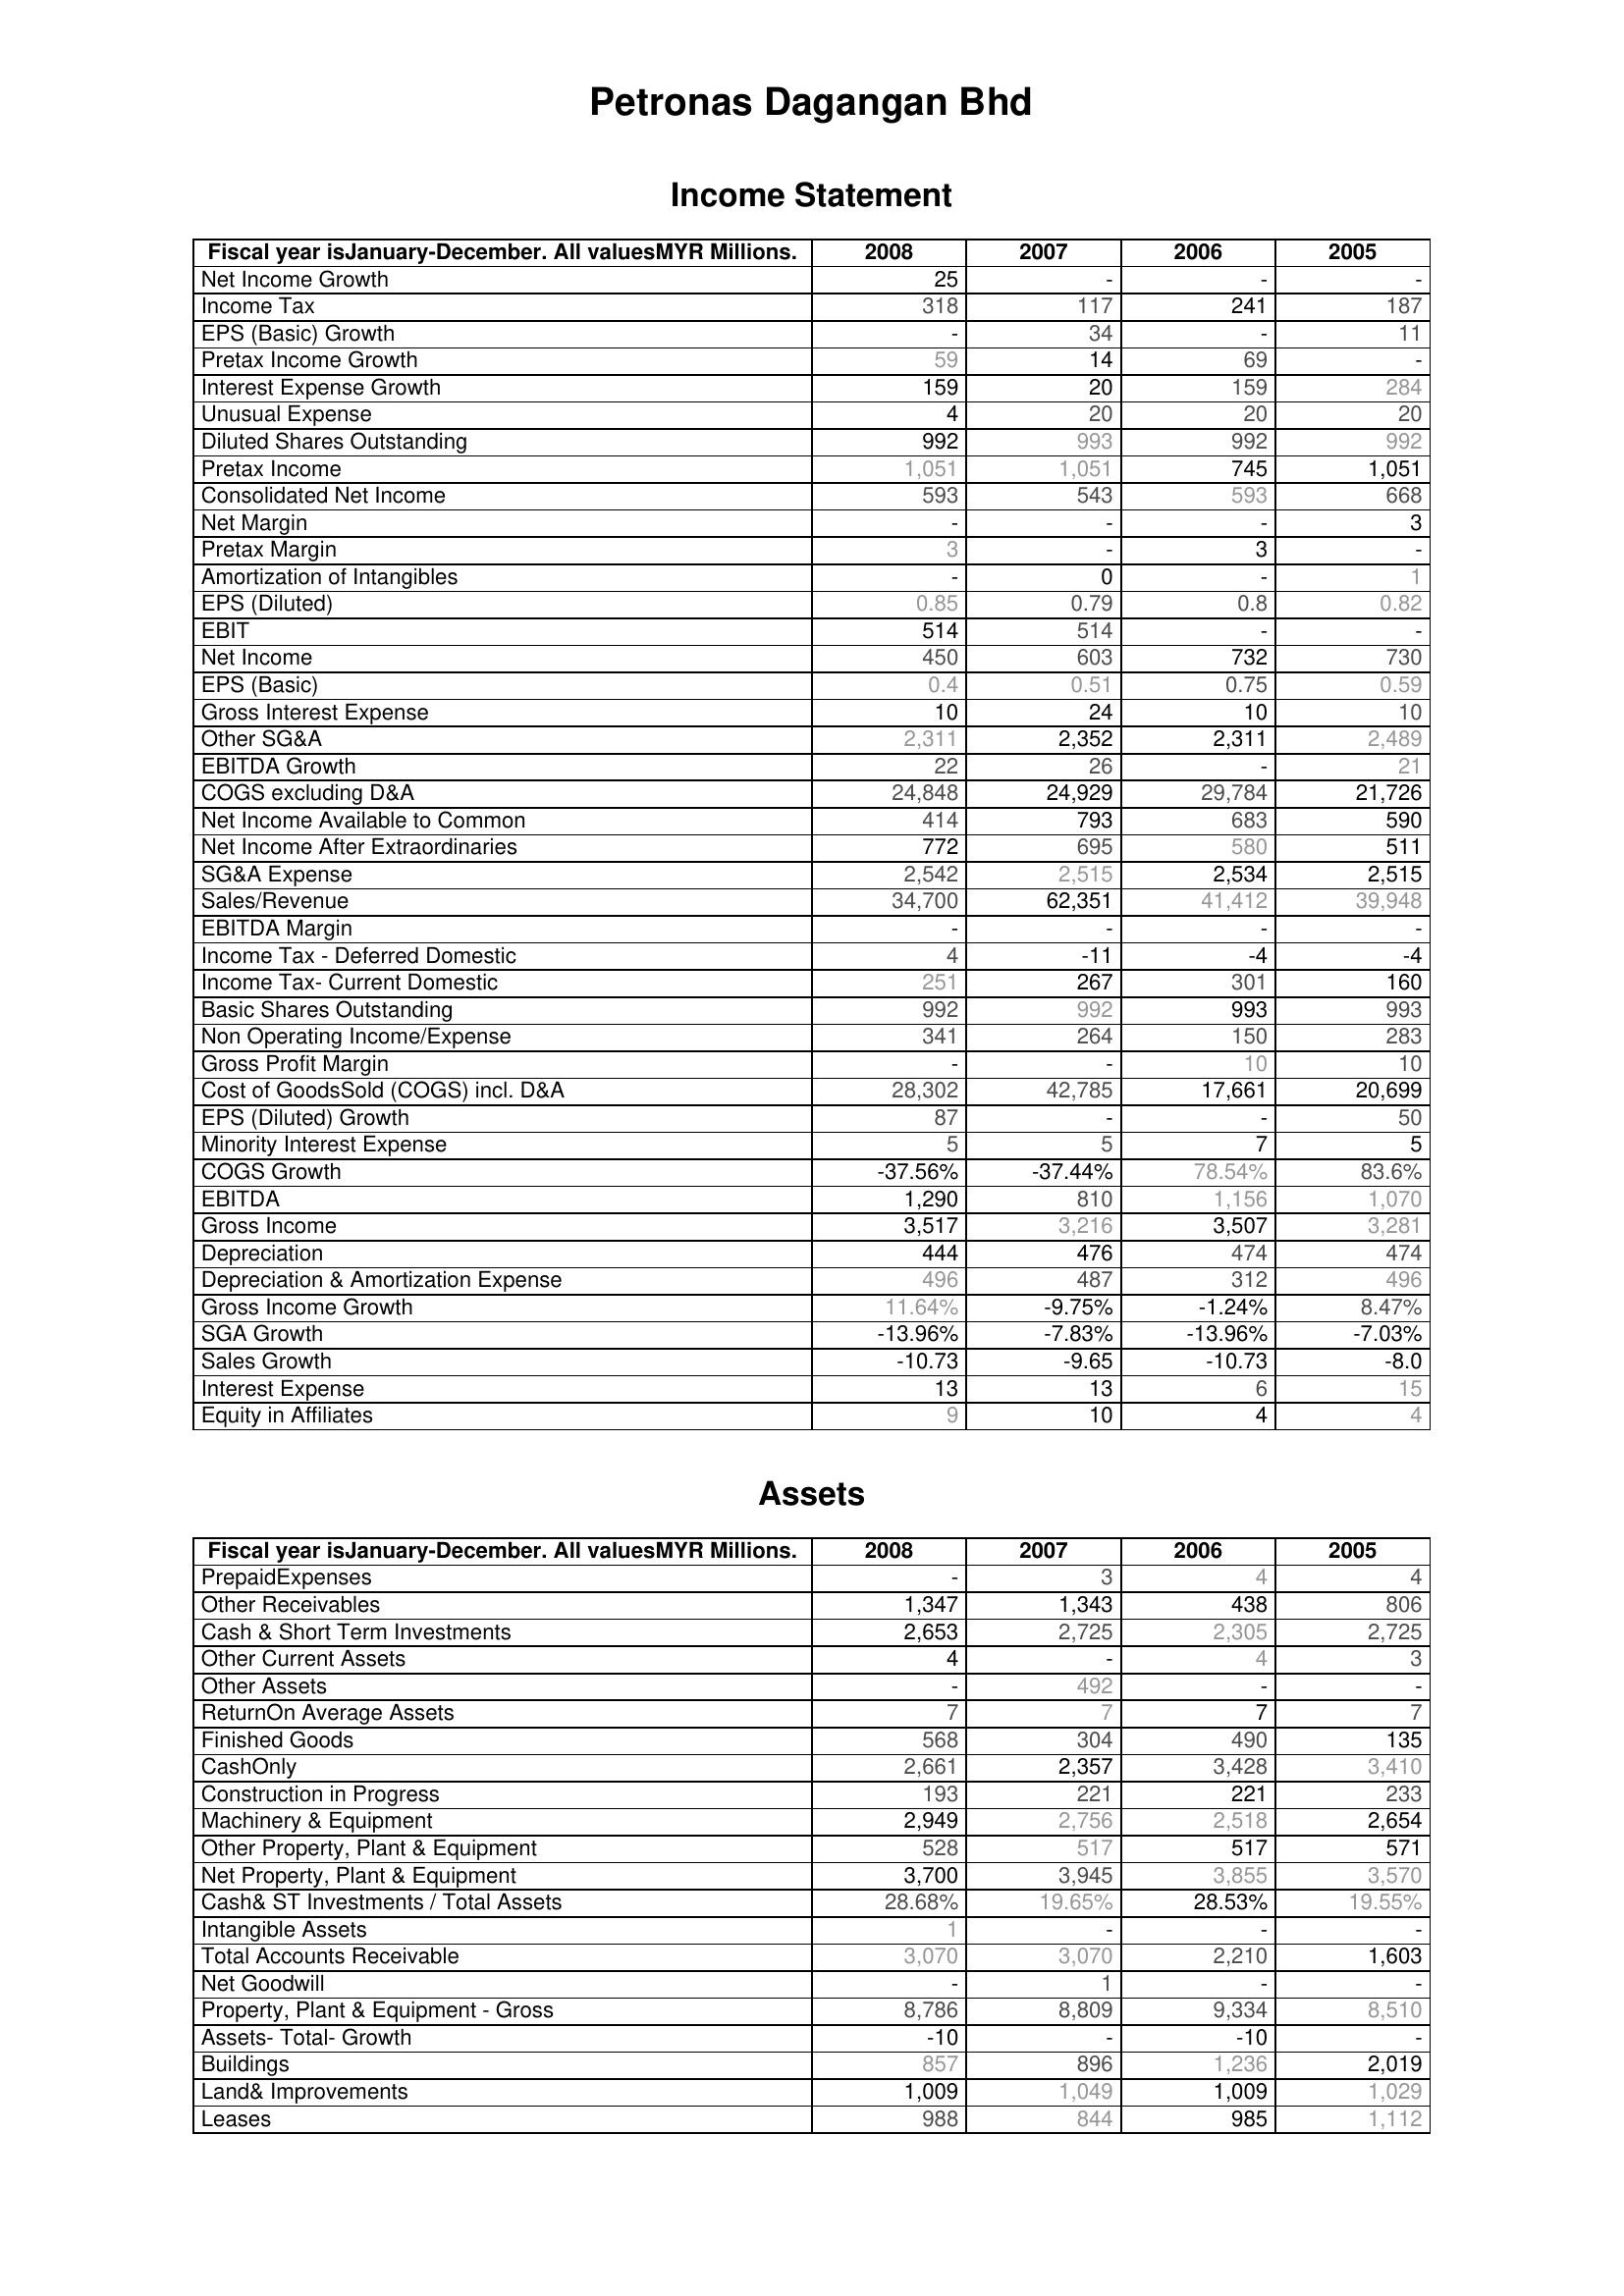
2008: Income Statement: Net Income Growth: 25
Income Tax: 318
EPS (Basic) Growth: -
Pretax Income Growth: 59
Interest Expense Growth: 159
Unusual Expense: 4
Diluted Shares Outstanding: 992
Pretax Income: 1,051
Consolidated Net Income: 593
Net Margin: -
Pretax Margin: 3
Amortization of Intangibles: -
EPS (Diluted): 0.85
EBIT: 514
Net Income: 450
EPS (Basic): 0.4
Gross Interest Expense: 10
Other SG&A: 2,311
EBITDA Growth: 22
COGS excluding D&A: 24,848
Net Income Available to Common: 414
Net Income After Extraordinaries: 772
SG&A Expense: 2,542
Sales/Revenue: 34,700
EBITDA Margin: -
Income Tax - Deferred Domestic: 4
Income Tax- Current Domestic: 251
Basic Shares Outstanding: 992
Non Operating Income/Expense: 341
Gross Profit Margin: -
Cost of GoodsSold (COGS) incl. D&A: 28,302
EPS (Diluted) Growth: 87
Minority Interest Expense: 5
COGS Growth: -37.56%
EBITDA: 1,290
Gross Income: 3,517
Depreciation: 444
Depreciation & Amortization Expense: 496
Gross Income Growth: 11.64%
SGA Growth: -13.96%
Sales Growth: -10.73
Interest Expense: 13
Equity in Affiliates: 9
Assets: PrepaidExpenses: -
Other Receivables: 1,347
Cash & Short Term Investments: 2,653
Other Current Assets: 4
Other Assets: -
ReturnOn Average Assets: 7
Finished Goods: 568
CashOnly: 2,661
Construction in Progress: 193
Machinery & Equipment: 2,949
Other Property, Plant & Equipment: 528
Net Property, Plant & Equipment: 3,700
Cash& ST Investments / Total Assets: 28.68%
Intangible Assets: 1
Total Accounts Receivable: 3,070
Net Goodwill: -
Property, Plant & Equipment - Gross : 8,786
Assets- Total- Growth: -10
Buildings: 857
Land& Improvements: 1,009
Leases: 988
2007: Income Statement: Net Income Growth: -
Income Tax: 117
EPS (Basic) Growth: 34
Pretax Income Growth: 14
Interest Expense Growth: 20
Unusual Expense: 20
Diluted Shares Outstanding: 993
Pretax Income: 1,051
Consolidated Net Income: 543
Net Margin: -
Pretax Margin: -
Amortization of Intangibles: 0
EPS (Diluted): 0.79
EBIT: 514
Net Income: 603
EPS (Basic): 0.51
Gross Interest Expense: 24
Other SG&A: 2,352
EBITDA Growth: 26
COGS excluding D&A: 24,929
Net Income Available to Common: 793
Net Income After Extraordinaries: 695
SG&A Expense: 2,515
Sales/Revenue: 62,351
EBITDA Margin: -
Income Tax - Deferred Domestic: -11
Income Tax- Current Domestic: 267
Basic Shares Outstanding: 992
Non Operating Income/Expense: 264
Gross Profit Margin: -
Cost of GoodsSold (COGS) incl. D&A: 42,785
EPS (Diluted) Growth: -
Minority Interest Expense: 5
COGS Growth: -37.44%
EBITDA: 810
Gross Income: 3,216
Depreciation: 476
Depreciation & Amortization Expense: 487
Gross Income Growth: -9.75%
SGA Growth: -7.83%
Sales Growth: -9.65
Interest Expense: 13
Equity in Affiliates: 10
Assets: PrepaidExpenses: 3
Other Receivables: 1,343
Cash & Short Term Investments: 2,725
Other Current Assets: -
Other Assets: 492
ReturnOn Average Assets: 7
Finished Goods: 304
CashOnly: 2,357
Construction in Progress: 221
Machinery & Equipment: 2,756
Other Property, Plant & Equipment: 517
Net Property, Plant & Equipment: 3,945
Cash& ST Investments / Total Assets: 19.65%
Intangible Assets: -
Total Accounts Receivable: 3,070
Net Goodwill: 1
Property, Plant & Equipment - Gross : 8,809
Assets- Total- Growth: -
Buildings: 896
Land& Improvements: 1,049
Leases: 844
2006: Income Statement: Net Income Growth: -
Income Tax: 241
EPS (Basic) Growth: -
Pretax Income Growth: 69
Interest Expense Growth: 159
Unusual Expense: 20
Diluted Shares Outstanding: 992
Pretax Income: 745
Consolidated Net Income: 593
Net Margin: -
Pretax Margin: 3
Amortization of Intangibles: -
EPS (Diluted): 0.8
EBIT: -
Net Income: 732
EPS (Basic): 0.75
Gross Interest Expense: 10
Other SG&A: 2,311
EBITDA Growth: -
COGS excluding D&A: 29,784
Net Income Available to Common: 683
Net Income After Extraordinaries: 580
SG&A Expense: 2,534
Sales/Revenue: 41,412
EBITDA Margin: -
Income Tax - Deferred Domestic: -4
Income Tax- Current Domestic: 301
Basic Shares Outstanding: 993
Non Operating Income/Expense: 150
Gross Profit Margin: 10
Cost of GoodsSold (COGS) incl. D&A: 17,661
EPS (Diluted) Growth: -
Minority Interest Expense: 7
COGS Growth: 78.54%
EBITDA: 1,156
Gross Income: 3,507
Depreciation: 474
Depreciation & Amortization Expense: 312
Gross Income Growth: -1.24%
SGA Growth: -13.96%
Sales Growth: -10.73
Interest Expense: 6
Equity in Affiliates: 4
Assets: PrepaidExpenses: 4
Other Receivables: 438
Cash & Short Term Investments: 2,305
Other Current Assets: 4
Other Assets: -
ReturnOn Average Assets: 7
Finished Goods: 490
CashOnly: 3,428
Construction in Progress: 221
Machinery & Equipment: 2,518
Other Property, Plant & Equipment: 517
Net Property, Plant & Equipment: 3,855
Cash& ST Investments / Total Assets: 28.53%
Intangible Assets: -
Total Accounts Receivable: 2,210
Net Goodwill: -
Property, Plant & Equipment - Gross : 9,334
Assets- Total- Growth: -10
Buildings: 1,236
Land& Improvements: 1,009
Leases: 985
2005: Income Statement: Net Income Growth: -
Income Tax: 187
EPS (Basic) Growth: 11
Pretax Income Growth: -
Interest Expense Growth: 284
Unusual Expense: 20
Diluted Shares Outstanding: 992
Pretax Income: 1,051
Consolidated Net Income: 668
Net Margin: 3
Pretax Margin: -
Amortization of Intangibles: 1
EPS (Diluted): 0.82
EBIT: -
Net Income: 730
EPS (Basic): 0.59
Gross Interest Expense: 10
Other SG&A: 2,489
EBITDA Growth: 21
COGS excluding D&A: 21,726
Net Income Available to Common: 590
Net Income After Extraordinaries: 511
SG&A Expense: 2,515
Sales/Revenue: 39,948
EBITDA Margin: -
Income Tax - Deferred Domestic: -4
Income Tax- Current Domestic: 160
Basic Shares Outstanding: 993
Non Operating Income/Expense: 283
Gross Profit Margin: 10
Cost of GoodsSold (COGS) incl. D&A: 20,699
EPS (Diluted) Growth: 50
Minority Interest Expense: 5
COGS Growth: 83.6%
EBITDA: 1,070
Gross Income: 3,281
Depreciation: 474
Depreciation & Amortization Expense: 496
Gross Income Growth: 8.47%
SGA Growth: -7.03%
Sales Growth: -8.0
Interest Expense: 15
Equity in Affiliates: 4
Assets: PrepaidExpenses: 4
Other Receivables: 806
Cash & Short Term Investments: 2,725
Other Current Assets: 3
Other Assets: -
ReturnOn Average Assets: 7
Finished Goods: 135
CashOnly: 3,410
Construction in Progress: 233
Machinery & Equipment: 2,654
Other Property, Plant & Equipment: 571
Net Property, Plant & Equipment: 3,570
Cash& ST Investments / Total Assets: 19.55%
Intangible Assets: -
Total Accounts Receivable: 1,603
Net Goodwill: -
Property, Plant & Equipment - Gross : 8,510
Assets- Total- Growth: -
Buildings: 2,019
Land& Improvements: 1,029
Leases: 1,112